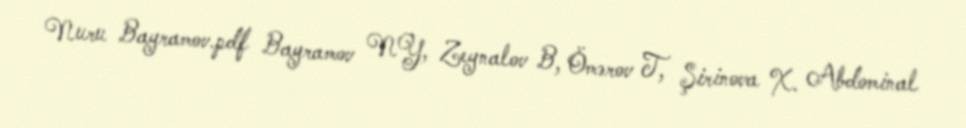
Nuru Bayramov.pdf Bayramov NY, Zeynalov B, Ömərov T, Şirinova X. Abdominal